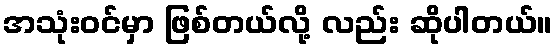
အသုံးဝင်မှာ ဖြစ်တယ်လို့ လည်း ဆိုပါတယ်။